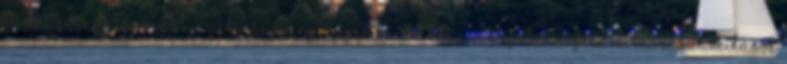
módszerének lényegét: a jelenség megfigyelése, értelmező hipotézis felállítása, számítások